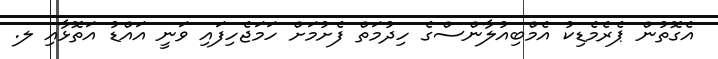
އެގޮތުން ޕެރެމެޑިކު އެމްބިއުލާންސްގެ ހިދުމަތް ފެށުމަށް ހަމަޖެހިފައި ވަނީ އައްޑު އަތޮޅާއި ލ.